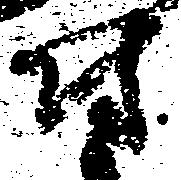
尉